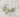
مرة